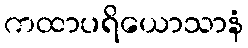
ကထာပရိယောသာနံ